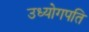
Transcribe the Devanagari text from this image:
उध्योगपति